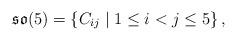
LaTeX: \begin{align*}\mathfrak{so}(5)=\left\{C_{ij}\;|\;1\le i<j\le 5\right\},\end{align*}